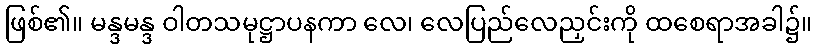
ဖြစ်၏။ မန္ဒမန္ဒ ဝါတသမုဋ္ဌာပနကာ လေ၊ လေပြည်လေညှင်းကို ထစေရာအခါ၌။